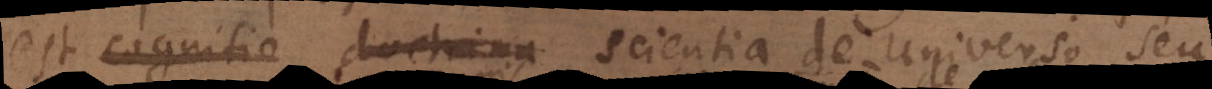
est cognitio doctrina scientia de Universo seu